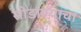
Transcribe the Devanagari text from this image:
सोडाण्याचा